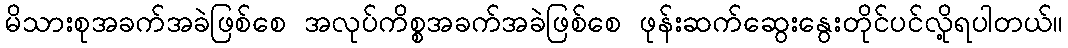
မိသားစုအခက်အခဲဖြစ်စေ အလုပ်ကိစ္စအခက်အခဲဖြစ်စေ ဖုန်းဆက်ဆွေးနွေးတိုင်ပင်လို့ရပါတယ်။